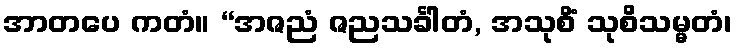
အာတပေ ကတံ။ “အဇညံ ဇညသင်္ခါတံ, အသုစိံ သုစိသမ္မတံ၊